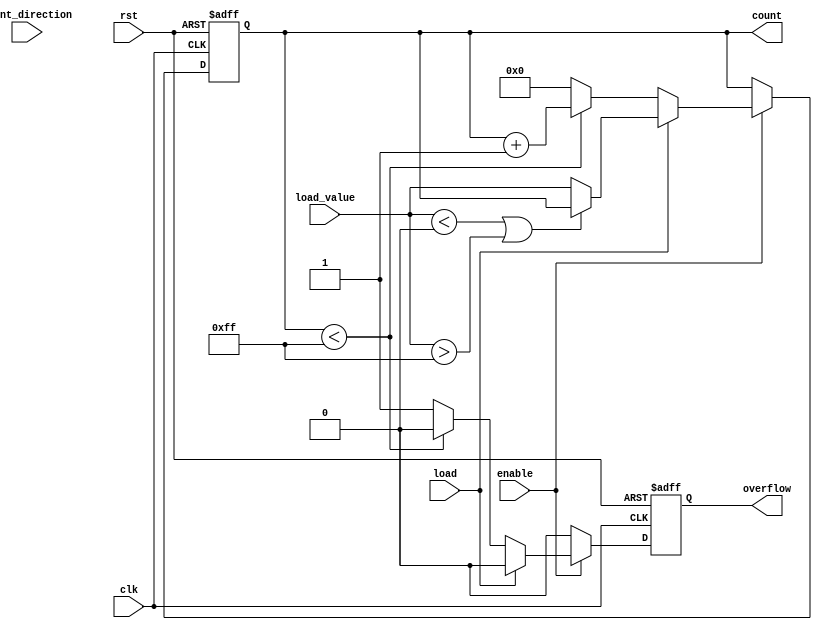
module parameterized_counter #(
    parameter WIDTH = 8,               // Bit width of the counter
    parameter MIN_VALUE = 0,           // Minimum count value
    parameter MAX_VALUE = 255,         // Maximum count value
    parameter COUNT_MODE = 0           // 0: Count Up, 1: Count Down, 2: Up/Down
)(
    input wire clk,                    // Clock signal
    input wire rst,                    // Active-high reset
    input wire enable,                 // Enable counting
    input wire count_direction,        // Direction control for Up/Down mode
    input wire load,                   // Load signal
    input wire [WIDTH-1:0] load_value, // Value to load
    output reg [WIDTH-1:0] count,      // Current count value
    output reg overflow                 // Overflow indication
);

    // Initial state of the counter
    initial begin
        count = MIN_VALUE;
        overflow = 0;
    end

    always @(posedge clk or posedge rst) begin
        if (rst) begin
            // Reset counter to MIN_VALUE
            count <= MIN_VALUE;
            overflow <= 0;
        end else if (!enable) begin
            // Hold current value if counting is disabled
            overflow <= 0;
        end else if (load) begin
            // Load new value into counter
            if (load_value < MIN_VALUE || load_value > MAX_VALUE) begin
                // If load_value is out of bounds, keep current value
                count <= count;
            end else begin
                count <= load_value;
            end
            overflow <= 0; // Reset overflow on load
        end else begin
            // Counting logic based on COUNT_MODE
            case (COUNT_MODE)
                0: begin // Count Up
                    if (count < MAX_VALUE) begin
                        count <= count + 1;
                        overflow <= 0;
                    end else begin
                        count <= MIN_VALUE; // Wrap around
                        overflow <= 1; // Set overflow
                    end
                end
                1: begin // Count Down
                    if (count > MIN_VALUE) begin
                        count <= count - 1;
                        overflow <= 0;
                    end else begin
                        count <= MAX_VALUE; // Wrap around
                        overflow <= 1; // Set overflow
                    end
                end
                2: begin // Up/Down mode
                    if (count_direction) begin
                        // Count Up
                        if (count < MAX_VALUE) begin
                            count <= count + 1;
                            overflow <= 0;
                        end else begin
                            count <= MIN_VALUE; // Wrap around
                            overflow <= 1; // Set overflow
                        end
                    end else begin
                        // Count Down
                        if (count > MIN_VALUE) begin
                            count <= count - 1;
                            overflow <= 0;
                        end else begin
                            count <= MAX_VALUE; // Wrap around
                            overflow <= 1; // Set overflow
                        end
                    end
                end
                default: begin
                    // Default case (should not happen)
                    count <= count;
                    overflow <= 0;
                end
            endcase
        end
    end

endmodule